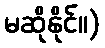
မဆိုနိုင်။)